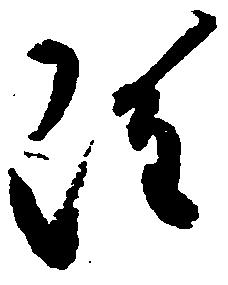
雖